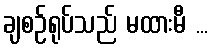
ချစဉ်ရုပ်သည် မထားမီ ...